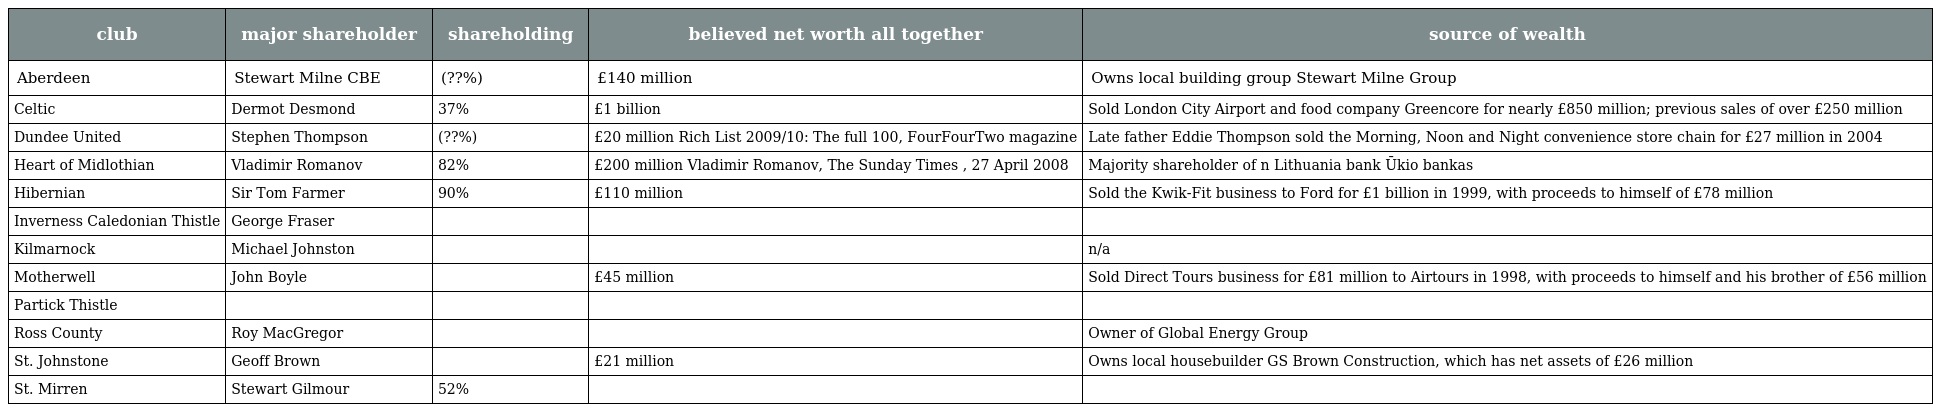
| club | major shareholder | shareholding | believed net worth all together | source of wealth |
 | --- | --- | --- | --- | --- |
 | Aberdeen | Stewart Milne CBE | (??%) | £140 million | Owns local building group Stewart Milne Group |
 | Celtic | Dermot Desmond | 37% | £1 billion | Sold London City Airport and food company Greencore for nearly £850 million; previous sales of over £250 million |
 | Dundee United | Stephen Thompson | (??%) | £20 million Rich List 2009/10: The full 100, FourFourTwo magazine | Late father Eddie Thompson sold the Morning, Noon and Night convenience store chain for £27 million in 2004 |
 | Heart of Midlothian | Vladimir Romanov | 82% | £200 million Vladimir Romanov, The Sunday Times , 27 April 2008 | Majority shareholder of n Lithuania bank Ūkio bankas |
 | Hibernian | Sir Tom Farmer | 90% | £110 million | Sold the Kwik-Fit business to Ford for £1 billion in 1999, with proceeds to himself of £78 million |
 | Inverness Caledonian Thistle | George Fraser |  |  |  |
 | Kilmarnock | Michael Johnston |  |  | n/a |
 | Motherwell | John Boyle |  | £45 million | Sold Direct Tours business for £81 million to Airtours in 1998, with proceeds to himself and his brother of £56 million |
 | Partick Thistle |  |  |  |  |
 | Ross County | Roy MacGregor |  |  | Owner of Global Energy Group |
 | St. Johnstone | Geoff Brown |  | £21 million | Owns local housebuilder GS Brown Construction, which has net assets of £26 million |
 | St. Mirren | Stewart Gilmour | 52% |  |  |